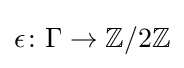
\epsilon \colon \Gamma \to \mathbb {Z} /2\mathbb {Z}